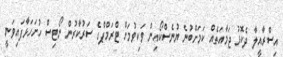
އިސްރާއީލާ ދެކޮޅު ޖަމާއަތެއް ކަމަށްބުނެ ޔުނެސްކޯއިން ވަކިވުމަށް ޓްރަމްޕްގެ ސަރުކާރުން ނޯޓިސް ހުށަހަޅާފައިވަނީ